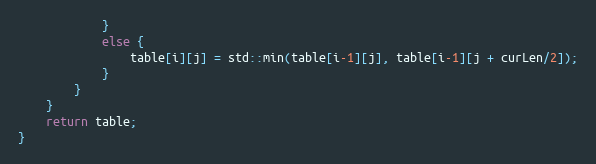
Language: C++
            }
            else {
                table[i][j] = std::min(table[i-1][j], table[i-1][j + curLen/2]);
            }
        }
    }
    return table;
}